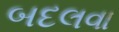
બદલવા